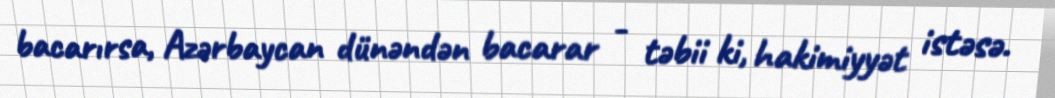
bacarırsa, Azərbaycan dünəndən bacarar - təbii ki, hakimiyyət istəsə.